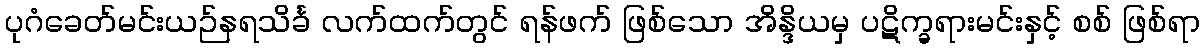
ပုဂံခေတ်မင်းယဉ်နရသိင်္ခ လက်ထက်တွင် ရန်ဖက် ဖြစ်သော အိန္ဒိယမှ ပဋိက္ခရားမင်းနှင့် စစ် ဖြစ်ရာ